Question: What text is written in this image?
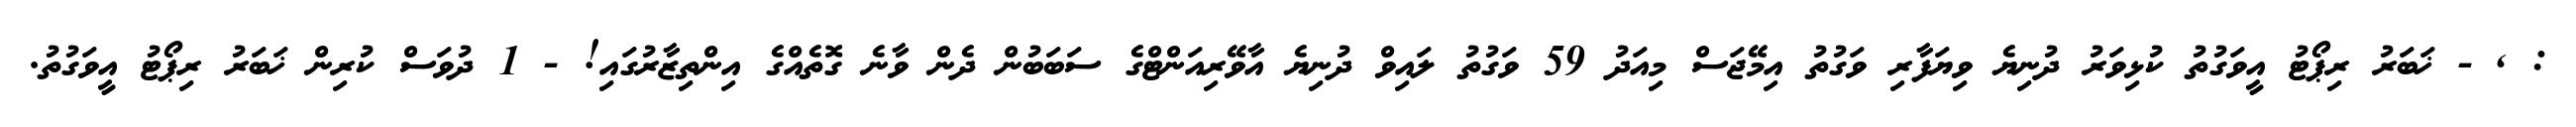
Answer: : , - ޚަބަރު ރިޕޯޓު އީވަގުތު ކުޅިވަރު ދުނިޔެ ވިޔަފާރި ވަގުތު އިމޭޖަސް މިއަދު 59 ވަގުތު ލައިވް ދުނިޔެ އާވޭރިއަންޓްގެ ސަބަބުން ދެން ވާނެ ގޮތެއްގެ އިންތިޒާރުގައި! - 1 ދުވަސް ކުރިން ޚަބަރު ރިޕޯޓު އީވަގުތު.